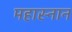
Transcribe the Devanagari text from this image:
महास्नान